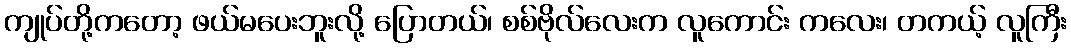
ကျုပ်တို့ကတော့ ဖယ်မပေးဘူးလို့ ပြောတယ်၊ စစ်ဗိုလ်လေးက လူကောင်း ကလေး၊ တကယ့် လူကြီး